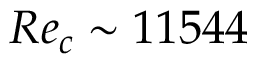
R e _ { c } \sim 1 1 5 4 4